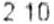
2.10